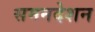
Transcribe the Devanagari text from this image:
समनदेशन